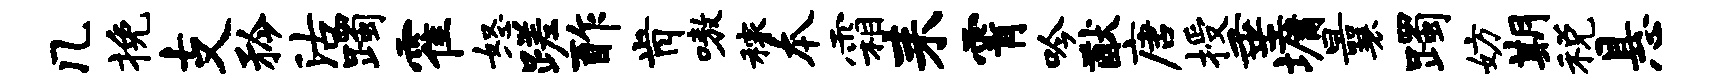
几挽支矜沽躅霍怒蹉酢肯嗷稼本霜耒霄吟猷唐授垂墉曩躅妨期税悬